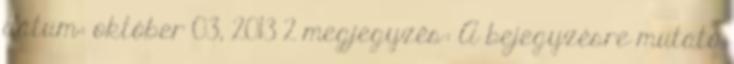
dátum: október 03, 2013 2 megjegyzés: A bejegyzésre mutató